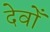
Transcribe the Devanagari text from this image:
देवोँ